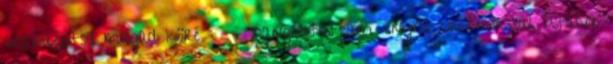
visszaépítsd magad köré : - hangoztattam enyhe cinizmussal, utalva